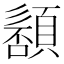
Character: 䫠